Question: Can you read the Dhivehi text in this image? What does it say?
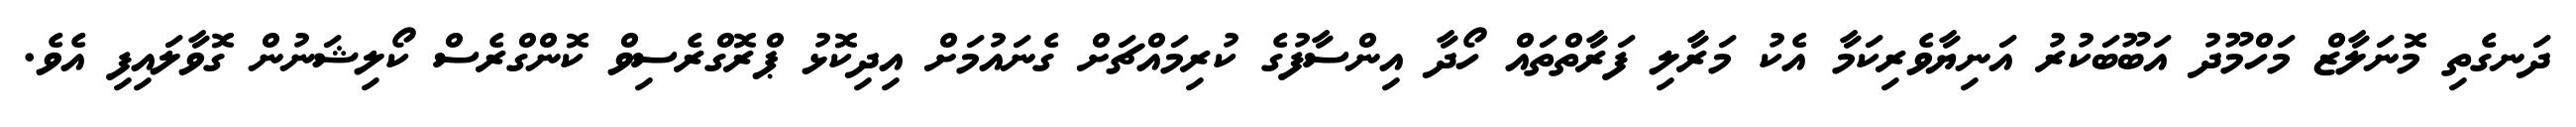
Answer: ދަނގެތި މޮނަލާޒް މަހްމޫދު އަބޫބަކުރު އަނިޔާވެރިކަމާ އެކު މަރާލި ފަރާތްތައް ހޯދާ އިންސާފުގެ ކުރިމައްޗަށް ގެނައުމަށް އިދިކޮޅު ޕްރޮގްރެސިވް ކޮންގްރެސް ކޯލިޝަނުން ގޮވާލައިފި އެވެ.